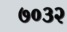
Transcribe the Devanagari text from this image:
७०३२